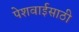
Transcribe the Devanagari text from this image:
पेशवाईसाठी